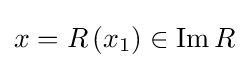
x=R\left(x_{1}\right)\in \operatorname {Im} R